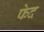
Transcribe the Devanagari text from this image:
फेद